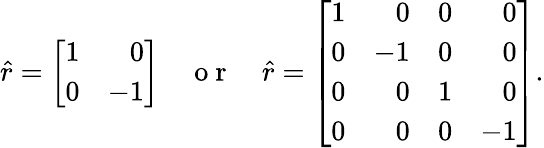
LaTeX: \hat{r}=\left[\begin{array}{rr}{1}&{0}\\ {0}&{-1}\end{array}\right]\quad\mathrm{~o~r~}\quad\hat{r}=\left[\begin{array}{rrrr}{1}&{0}&{0}&{0}\\ {0}&{-1}&{0}&{0}\\ {0}&{0}&{1}&{0}\\ {0}&{0}&{0}&{-1}\end{array}\right].